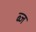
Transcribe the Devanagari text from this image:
ब्ज